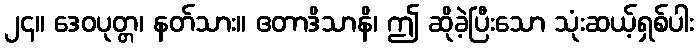
၂၄။ ဒေဝပုတ္တ၊ နတ်သား။ ဧတာဒိသာနိ၊ ဤ ဆိုခဲ့ပြီးသော သုံးဆယ့်ရှစ်ပါး